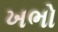
ખભો